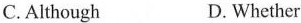
C. Although D. Whether